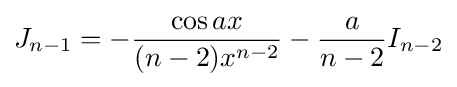
J_{n-1}=-{\frac {\cos {ax}}{(n-2)x^{n-2}}}-{\frac {a}{n-2}}I_{n-2}\,\!